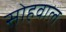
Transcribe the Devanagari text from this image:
सोहवाल